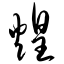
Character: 煌